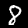
Label: 8